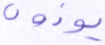
يؤذون